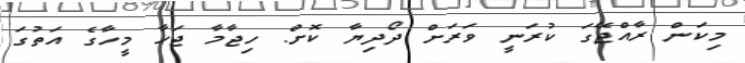
މިކަން ރާއްޖޭގަ ކުރަނީ ވަރަށް ދޯދިޔާ ކޮށް. ހިޖާމާ ޖަހާ މީހާގެ އަތުގަ